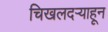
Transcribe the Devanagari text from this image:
चिखलदर्‍याहून